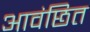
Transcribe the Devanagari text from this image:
आवंछित